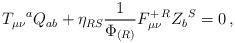
LaTeX: \begin{align*}T_{\mu\nu}{}^a Q_{ab} + \eta_{RS}{1\over \Phi_{(R)}}F_{\mu\nu}^{+\,R} Z_b{}^S = 0\,,\end{align*}